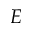
E